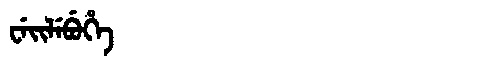
Manchu: ᠸᡝᡳᠯᡝᠪᡠᡥᡝ
Romanization: WEILEBUHE